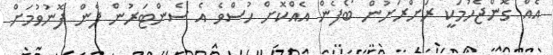
އެއް ގޮންޖެހުމަކީ ރަށްރަށުން ބޯފެން އެއްކޮށް ހުސްވެ އެ ސެންޓަރުން ފެން ފޮނުވުމަށް